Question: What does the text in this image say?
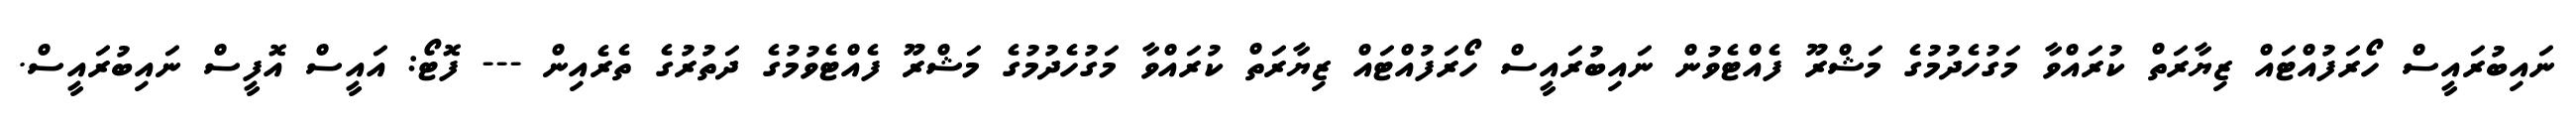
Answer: ނައިބުރައީސް ހޯރަފުއްޓައް ޒިޔާރަތް ކުރައްވާ މަގުހެދުމުގެ މަޝްރޫ ފެއްޓެވުން ނައިބުރައީސް ހޯރަފުއްޓައް ޒިޔާރަތް ކުރައްވާ މަގުހެދުމުގެ މަޝްރޫ ފެއްޓެވުމުގެ ދަތުރުގެ ތެރެއިން --- ފޮޓޯ: އައީސް އޮފީސް ނައިބުރައީސް.